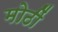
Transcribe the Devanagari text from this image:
मोठीं